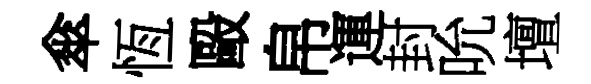
傘恆毆帛運封吮壇